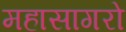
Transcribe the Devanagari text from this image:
महासागरो